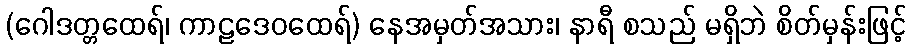
(ဂေါဒတ္တထေရ်၊ ကာဠဒေဝထေရ်) နေအမှတ်အသား၊ နာရီ စသည် မရှိဘဲ စိတ်မှန်းဖြင့်